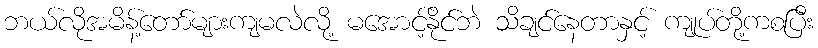
ဘယ်လိုအမိန့်တော်များကျမလဲလို့ မအောင့်နိုင်ဘဲ သိချင်နေတာနှင့် ကျုပ်တို့ကစပြီး